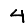
Digit: 4